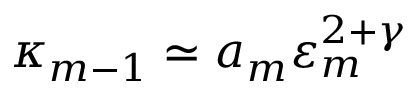
\kappa _ { m - 1 } \simeq a _ { m } \varepsilon _ { m } ^ { 2 + \gamma }